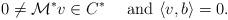
LaTeX: \begin{align*}0\neq\mathcal{M}^*v\in C^* \quad\textrm{ and }\langle v,b\rangle =0.\end{align*}